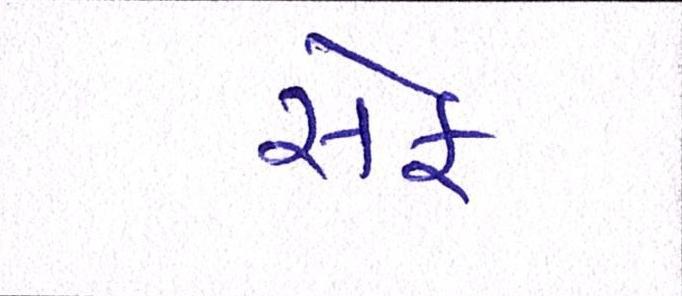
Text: સેફ